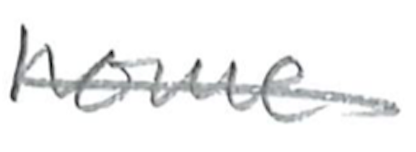
Text: home
Cross-out: single-line
Writing tool: pencil